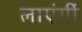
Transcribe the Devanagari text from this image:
लाएंगीं